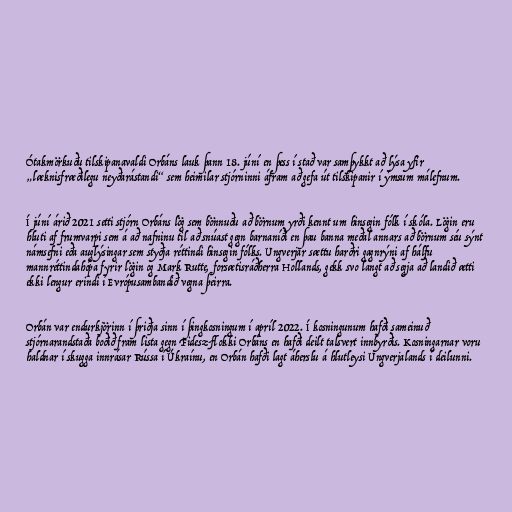
Ótakmörkuðu tilskipanavaldi Orbáns lauk þann 18. júní en þess í stað var samþykkt að lýsa yfir
„læknisfræðilegu neyðarástandi“ sem heimilar stjórninni áfram að gefa út tilskipanir í ýmsum málefnum.

Í júní árið 2021 setti stjórn Orbáns lög sem bönnuðu að börnum yrði kennt um hinsegin fólk í skóla. Lögin eru
hluti af frumvarpi sem á að nafninu til að snúast gegn barnaníði en þau banna meðal annars að börnum séu sýnt
námsefni eða auglýsingar sem styðja réttindi hinsegin fólks. Ungverjar sættu harðri gagnrýni af hálfu
mannréttindahópa fyrir lögin og Mark Rutte, forsætisráðherra Hollands, gekk svo langt að segja að landið ætti
ekki lengur erindi í Evrópusambandið vegna þeirra.

Orbán var endurkjörinn í þriðja sinn í þingkosningum í apríl 2022. Í kosningunum hafði sameinuð
stjórnarandstaða boðið fram lista gegn Fidesz-flokki Orbáns en hafði deilt talsvert innbyrðis. Kosningarnar voru
haldnar í skugga innrásar Rússa í Úkraínu, en Orbán hafði lagt áherslu á hlutleysi Ungverjalands í deilunni.